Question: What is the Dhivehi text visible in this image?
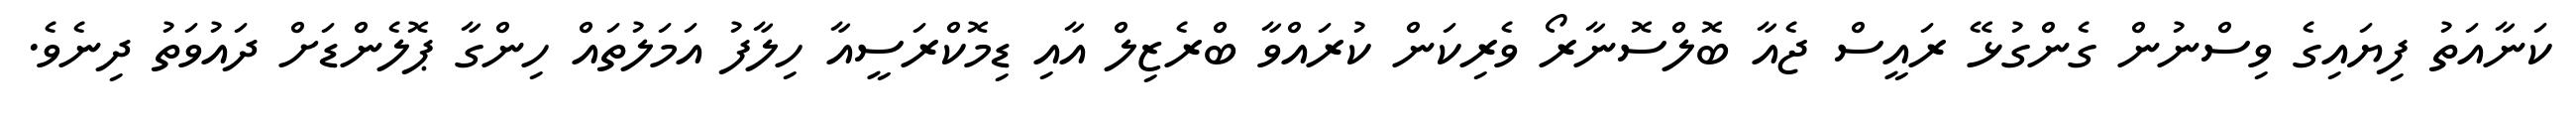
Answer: ކަނާއަތު ފިޔައިގެ ވިސްނުން ގެންގުޅޭ ރައީސް ޖެއާ ބޮލްސޮނާރޯ ވެރިކަން ކުރައްވާ ބްރެޒިލް އާއި ޑިމޮކްރަސީއާ ހިލާފު އަމަލުތައް ހިންގާ ޕޮލެންޑަށް ދައުވަތު ދިނެވެ.